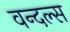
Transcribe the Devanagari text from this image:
वन्दल्स